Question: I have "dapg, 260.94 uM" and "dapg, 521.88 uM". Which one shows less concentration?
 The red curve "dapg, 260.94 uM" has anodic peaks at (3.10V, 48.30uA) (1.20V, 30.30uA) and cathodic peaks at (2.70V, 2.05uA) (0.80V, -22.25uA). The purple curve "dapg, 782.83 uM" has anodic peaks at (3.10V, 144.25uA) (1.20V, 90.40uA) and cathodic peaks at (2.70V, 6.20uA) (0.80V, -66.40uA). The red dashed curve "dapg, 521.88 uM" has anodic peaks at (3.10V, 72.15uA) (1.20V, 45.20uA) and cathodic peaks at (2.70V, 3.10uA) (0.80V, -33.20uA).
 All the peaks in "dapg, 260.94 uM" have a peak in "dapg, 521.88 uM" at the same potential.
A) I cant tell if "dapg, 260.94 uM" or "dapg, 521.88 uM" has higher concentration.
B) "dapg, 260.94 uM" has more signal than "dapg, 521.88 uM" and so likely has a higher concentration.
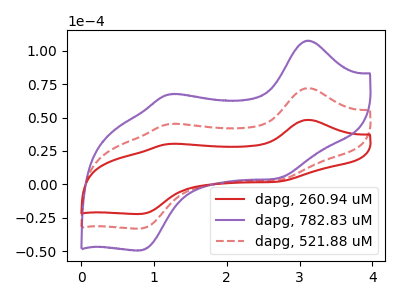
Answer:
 <answer>A) I cant tell if "dapg, 260.94 uM" or "dapg, 521.88 uM" has higher concentration.</answer>
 <eval>A</eval>